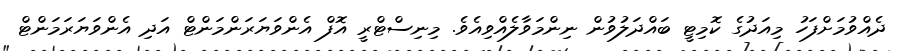
ދެއްވުމަށްފަހު މިއަދުގެ ކޮމިޓީ ބައްދަލުވުން ނިންމަވާލެއްވިއެވެ. މިނިސްޓްރީ އޮފް އެންވަޔަރަންމަންޓް އަދި އެންވަޔަރަމަންޓް